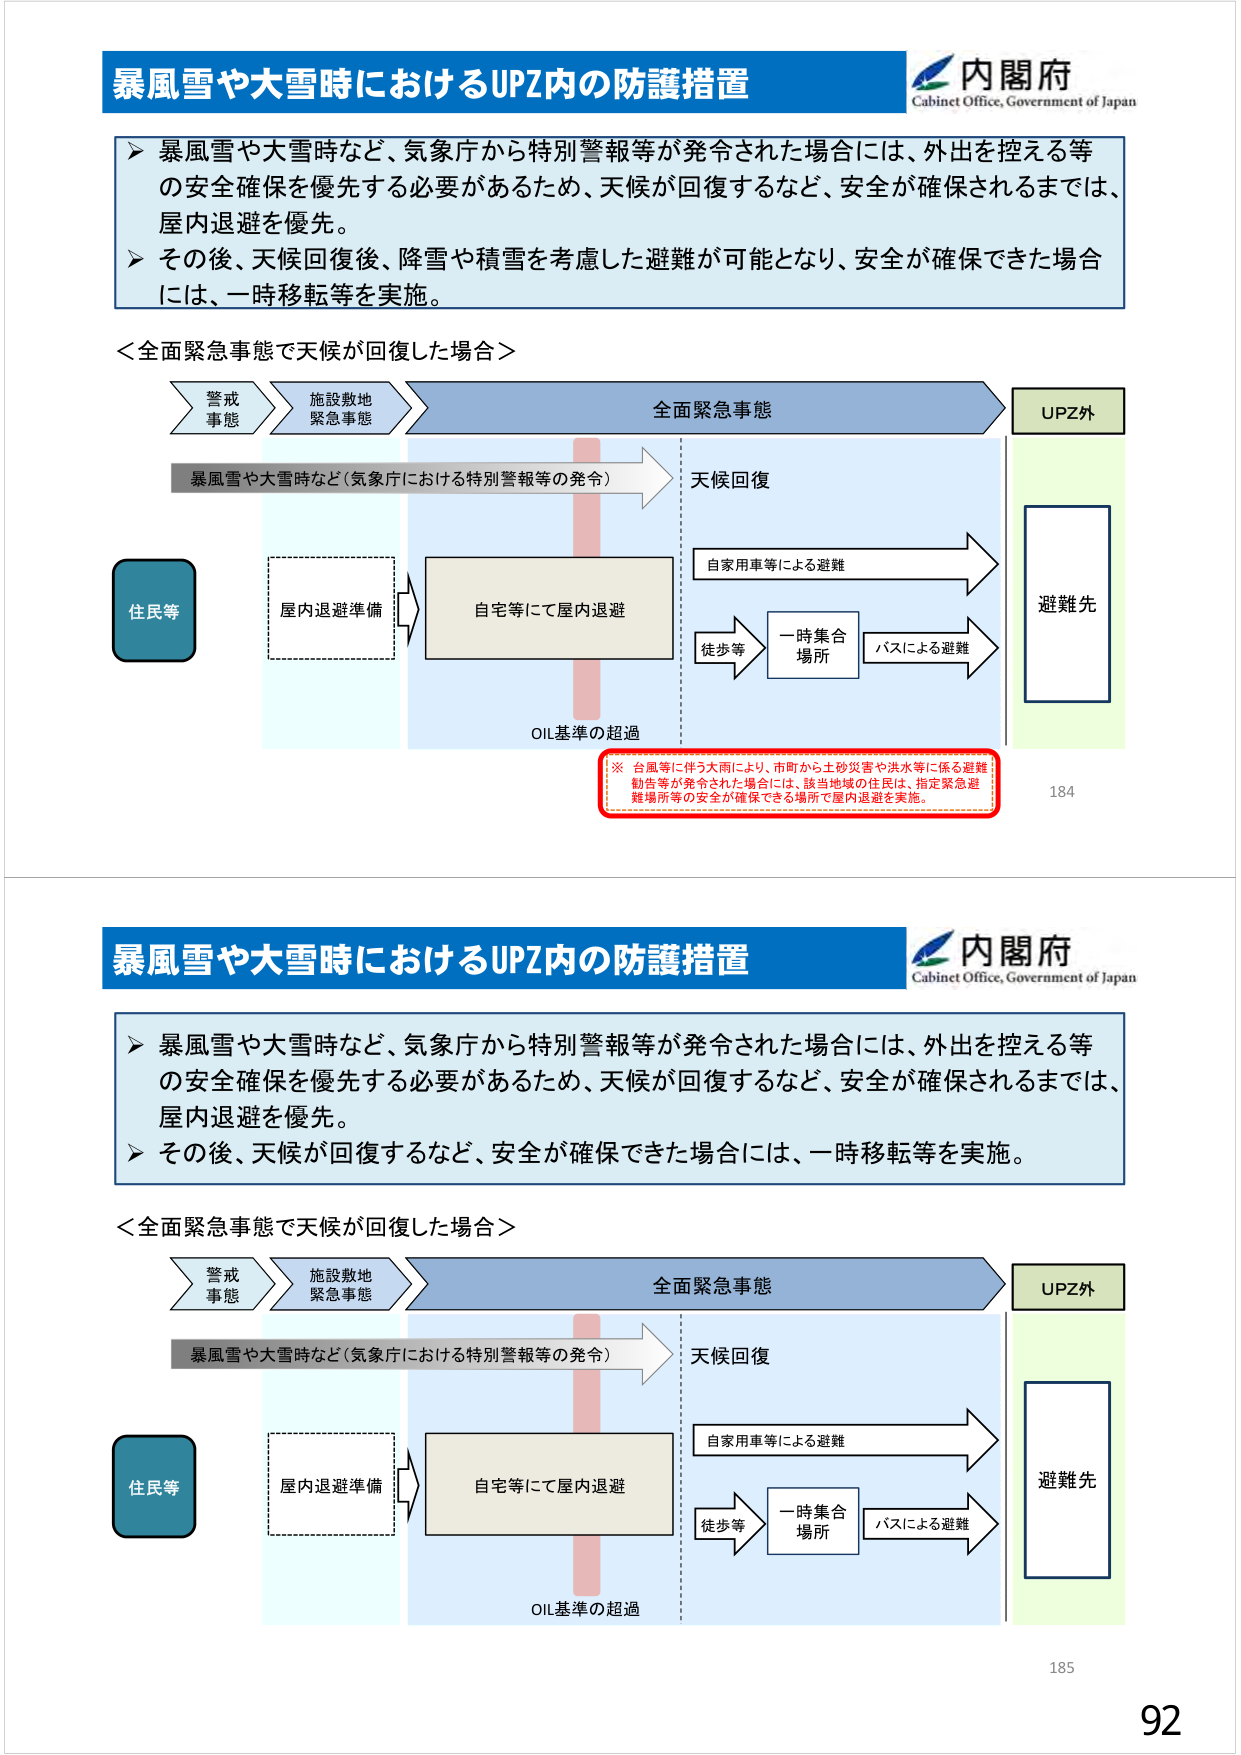
暴風雪や大雪時におけるUPZ内の防護措置
内閣府
Cabinet Office, Government of Japan
▶ 暴風雪や大雪時など、気象庁から特別警報等が発令された場合には、外出を控える等
の安全確保を優先する必要があるため、天候が回復するなど、安全が確保されるまでは、
屋内退避を優先。
▶ その後、天候回復後、降雪や積雪を考慮した避難が可能となり、安全が確保できた場合
には、一時移転等を実施。
＜全面緊急事態で天候が回復した場合＞
警戒
事態
施設敷地
緊急事態
全面緊急事態
UPZ外
暴風雪や大雪時など（気象庁における特別警報等の発令）
天候回復
住民等
屋内退避準備
自宅等にて屋内退避
自家用車等による避難
一時集合
場所
徒歩等
バスによる避難
避難先
OIL基準の超過
※ 台風等に伴う大雨により、市町から土砂災害や洪水等に係る避難
勧告等が発令された場合には、該当地域の住民は、指定緊急避
難場所等の安全が確保できる場所で屋内退避を実施。
184
暴風雪や大雪時におけるUPZ内の防護措置
内閣府
Cabinet Office, Government of Japan
▶ 暴風雪や大雪時など、気象庁から特別警報等が発令された場合には、外出を控える等
の安全確保を優先する必要があるため、天候が回復するなど、安全が確保されるまでは、
屋内退避を優先。
▶ その後、天候が回復するなど、安全が確保できた場合には、一時移転等を実施。
＜全面緊急事態で天候が回復した場合＞
警戒
事態
施設敷地
緊急事態
全面緊急事態
UPZ外
暴風雪や大雪時など（気象庁における特別警報等の発令）
天候回復
住民等
屋内退避準備
自宅等にて屋内退避
自家用車等による避難
一時集合
場所
徒歩等
バスによる避難
避難先
OIL基準の超過
185
92